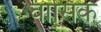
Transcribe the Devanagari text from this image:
वासिक